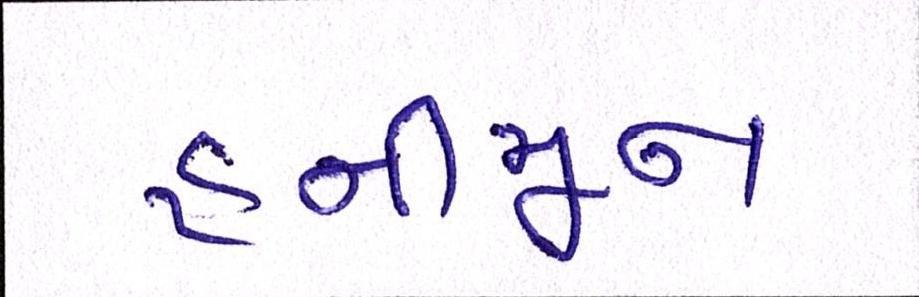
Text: હનીમૂન